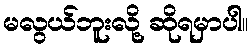
မလွယ်ဘူးလို့ ဆိုရမှာပါ။